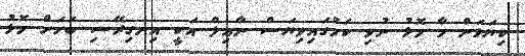
ކިޔަވަން މާ މޮޅު ނުވި ކަމުގައިވިޔަސް ނާއިލް އަކީ އިނގިރޭސި ބަހަށް މޮޅު